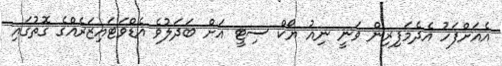
އެއަށްފަހު އެދެމަފިރިން ވަނީ ނިއު ޔޯކް ސިޓީ އަށް ބަދަލުވެ އެޑްވަޓައިޒަރެއްގެ ގޮތުގައި